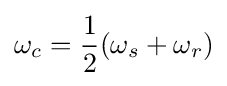
\omega _{c}={\frac {1}{2}}(\omega _{s}+\omega _{r})